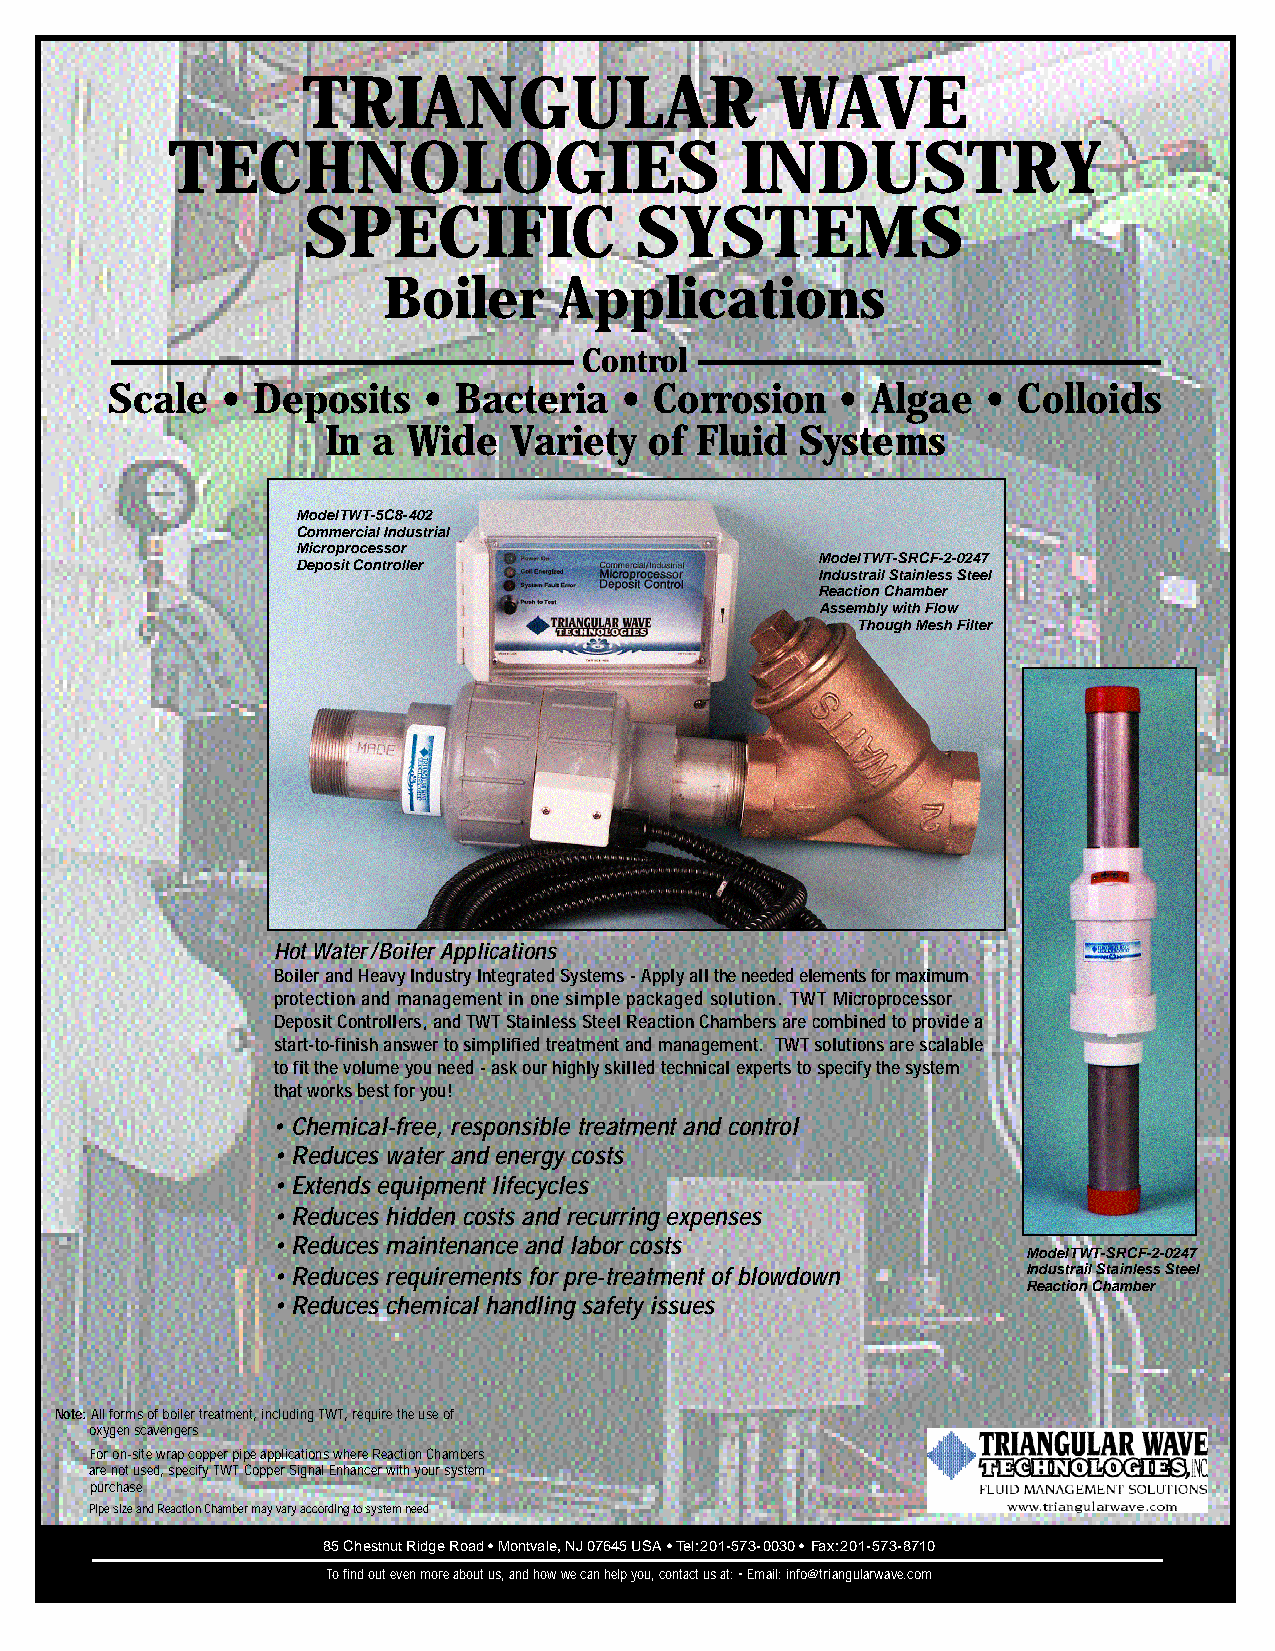
TRIANGULAR                     WAVE
 TECHNOLOGIES                          INDUSTRY
 SPECIFIC              SYSTEMS
 Boiler      Applications
 Control
 Scale   • Deposits   • Bacteria   • Corrosion    • Algae  • Colloids
 In a Wide   Variety  of Fluid  Systems
 Model TWT-5C8-402
 Commercial Industrial
 Microprocessor
 Model TWT-SRCF-2-0247
 Deposit Controller
 Industrail Stainless Steel
 Reaction Chamber
 Assembly with Flow
 Though Mesh Filter
 Hot Water/Boiler Applications
 Boiler and Heavy Industry Integrated Systems - Apply all the needed elements for maximum
 protection and management in one simple packaged solution. TWT Microprocessor
 Deposit Controllers, and TWT Stainless Steel Reaction Chambers are combined to provide a
 start-to-finish answer to simplified treatment and management. TWT solutions are scalable
 to fit the volume you need - ask our highly skilled technical experts to specify the system
 that works best for you!
 • Chemical-free, responsible treatment and control
 • Reduces water and energy costs
 • Extends equipment lifecycles
 • Reduces hidden costs and recurring expenses
 • Reduces maintenance and labor costs
 Model TWT-SRCF-2-0247
 • Reduces requirements for pre-treatment of blowdown Industrail Stainless Steel
 Reaction Chamber
 • Reduces chemical handling safety issues
 Note:All forms of boiler treatment, including TWT, require the use of
 oxygen scavengers
 For on-site wrap copper pipe applications where Reaction Chambers
 are not used, specify TWT Copper Signal Enhancer with your system
 purchase
 Pipe size and Reaction Chamber may vary according to system need
 85 Chestnut Ridge Road • Montvale, NJ 07645 USA • Tel:201-573-0030 •Fax:201-573-8710
 To find out even more about us, and how we can help you, contact us at: • Email: info@triangularwave.com